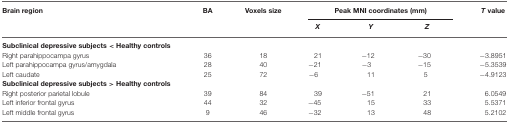
| Brain region | BA | Voxels size | <COLSPAN=3> Peak MNI coordinates (mm) | T value |
 |  |  |  | X | Y | Z |  |
 | --- | --- | --- | --- | --- | --- | --- |
 | Subclinical depressive subjects < Healthy controls |
 | Right parahippocampa gyrus | 36 | 18 | 21 | −12 | −30 | −3.8951 |
 | Left parahippocampa gyrus/amygdala | 28 | 40 | −21 | −3 | −15 | −5.3539 |
 | Left caudate | 25 | 72 | −6 | 11 | 5 | −4.9123 |
 | Subclinical depressive subjects > Healthy controls |
 | Right posterior parietal lobule | 39 | 84 | 39 | −51 | 21 | 6.0549 |
 | Left inferior frontal gyrus | 44 | 32 | −45 | 15 | 33 | 5.5371 |
 | Left middle frontal gyrus | 9 | 46 | −32 | 13 | 48 | 5.2102 |